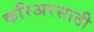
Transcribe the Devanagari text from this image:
करिअरसाठी